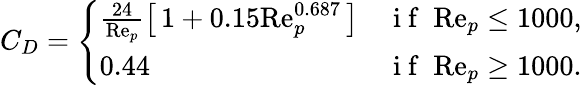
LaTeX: C_{D}=\left\{ \begin{array}{ll}{\frac{24}{\mathrm{Re}_{p}}\left[\, 1+0.15\mathrm{Re}_{p}^{0.687}\, \right]}&{\mathrm{~i~f~}\; \mathrm{Re}_{p}\leq 1000,}\\ {0.44}&{\mathrm{~i~f~}\; \mathrm{Re}_{p}\geq 1000.}\end{array}\right.